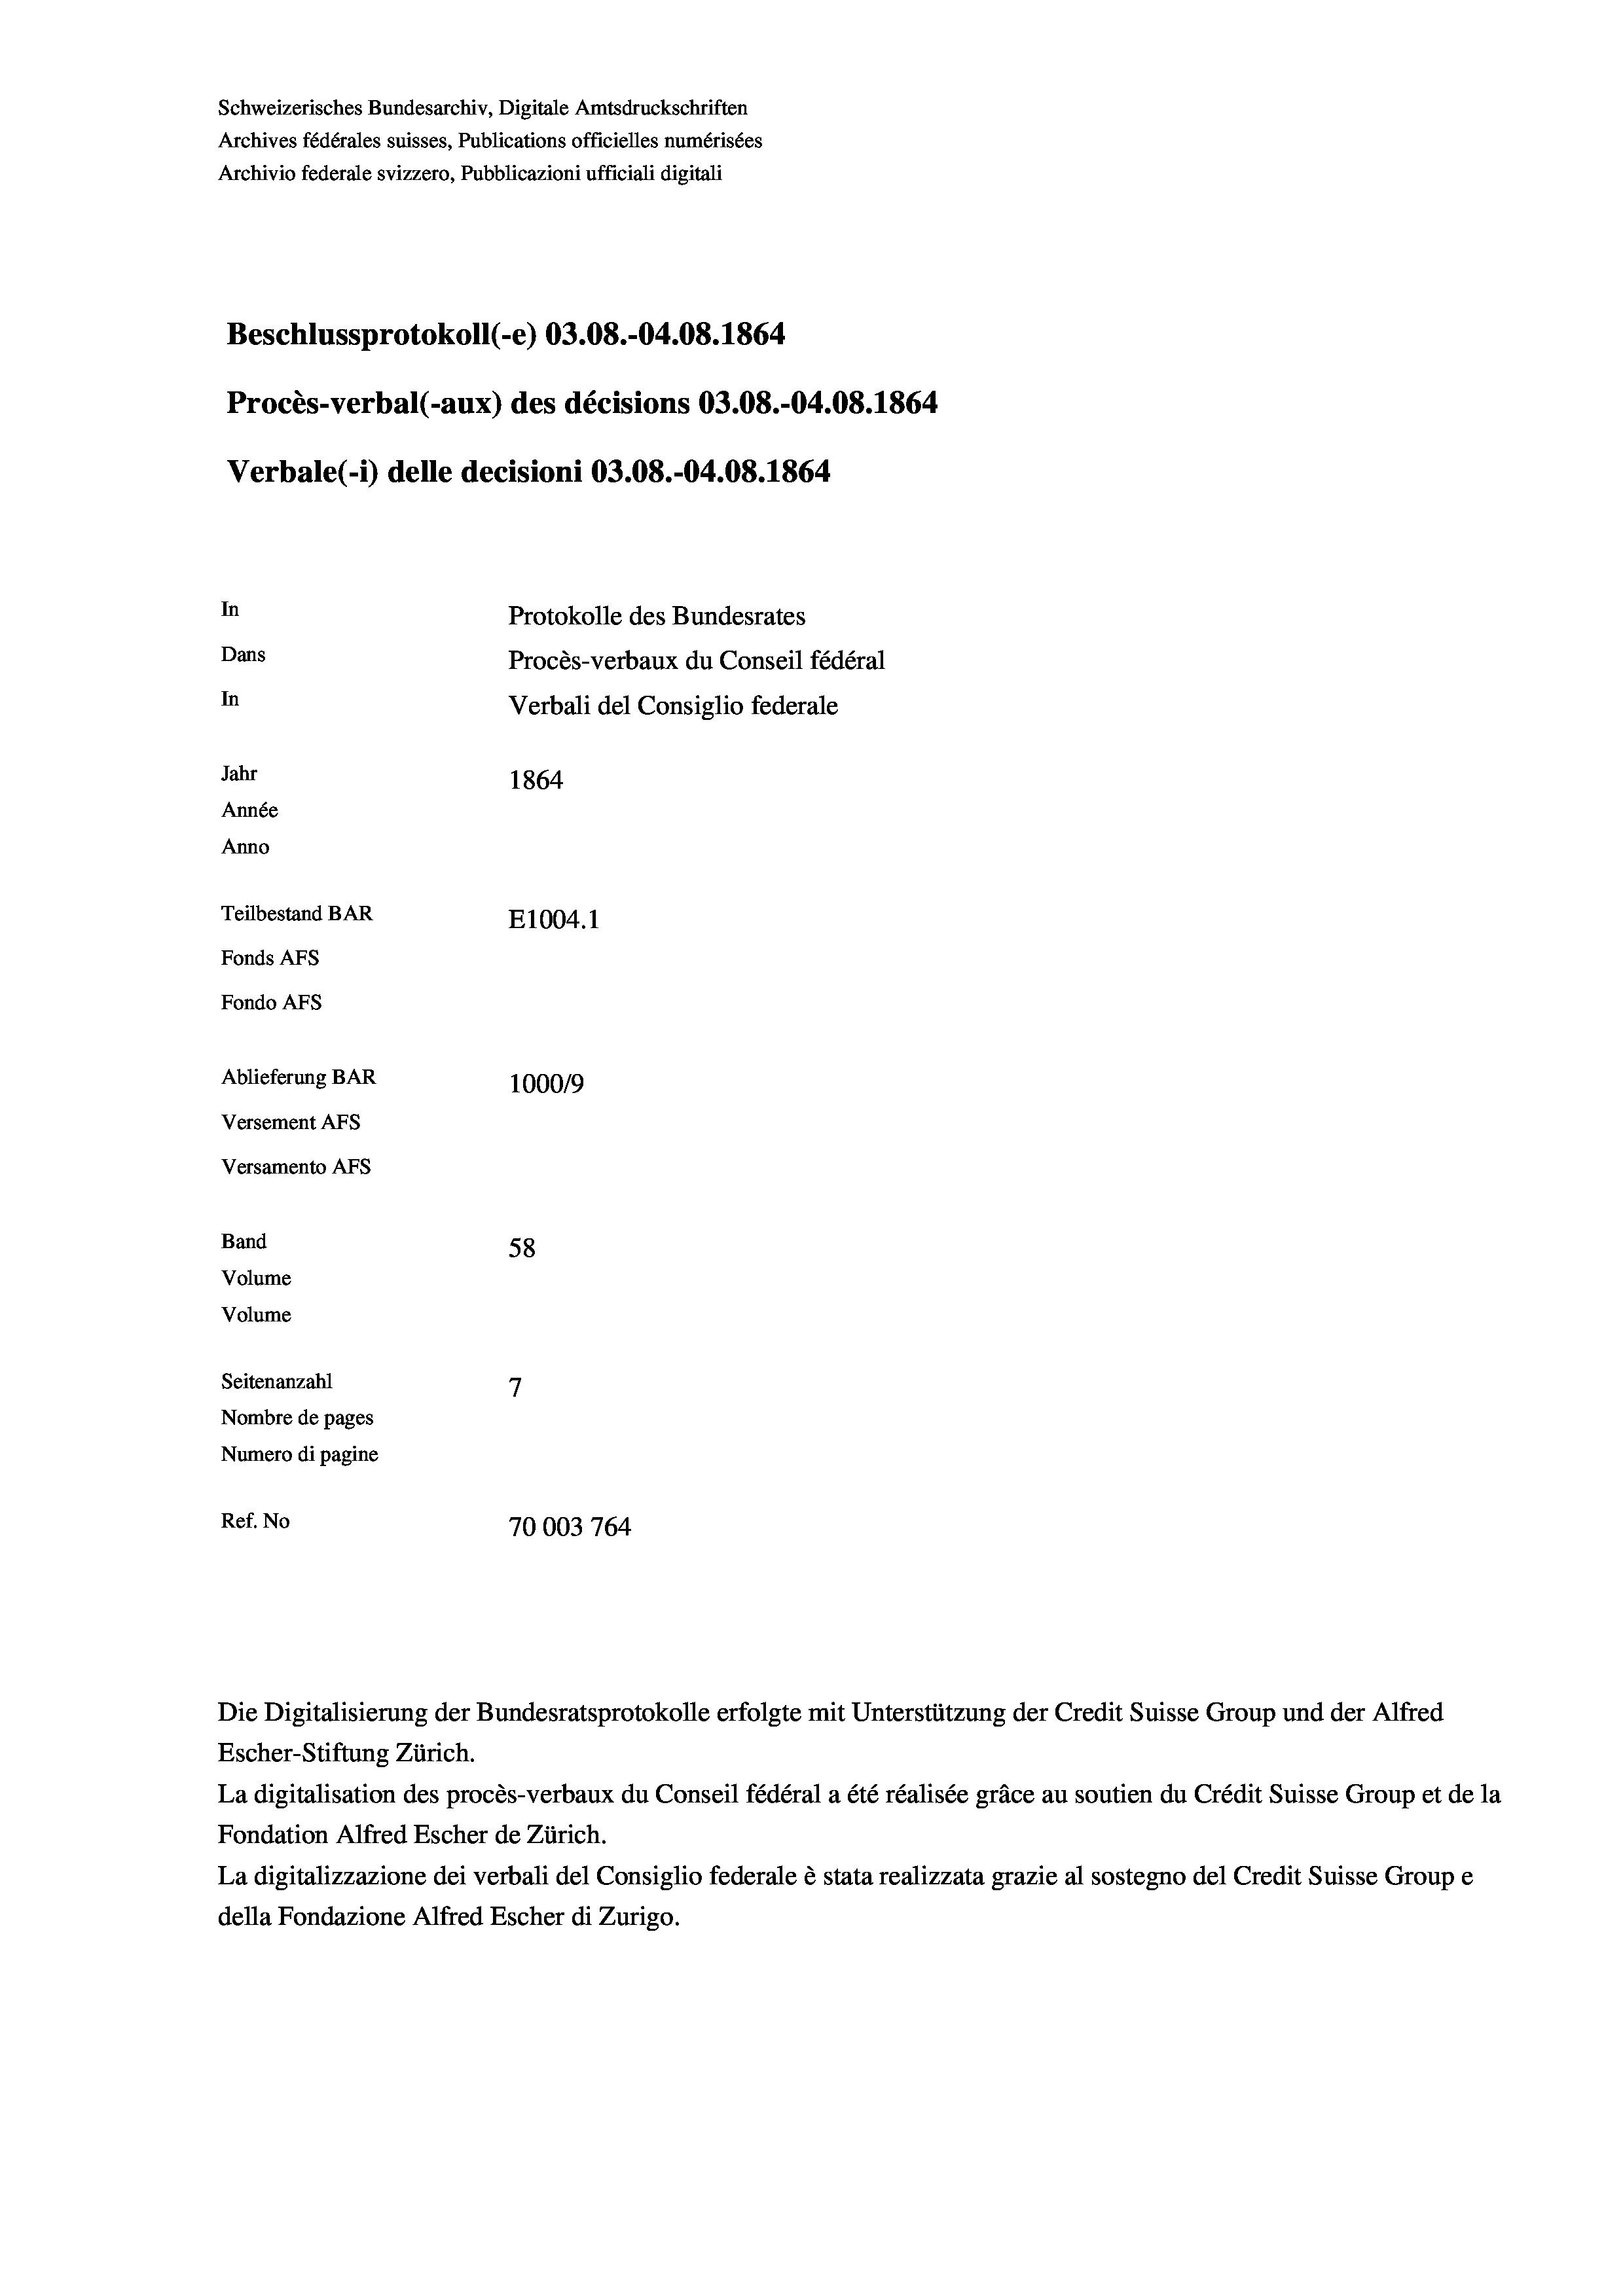
Schweizerisches Bundesarchiv, Digitale Amtsdruckschriften
Archives fédérales suisses, Publications officielles numérisées
Archivio federale svizzero, Pubblicazioni ufficiali digitali
Beschlussprotokoll (-e) 03.08.-04.08. 1864
Procès-verbal (-aux) des décisions 03.08.-04.08. 1864
Verbale (1) delle decisioni 03.08.-04.08. 1864
In
Protokolle des Bundesrates
Dans
Procès-verbaux du Conseil fédéral
In
Verbali del Consiglio federale
Jahr
1864
Année
Anno
Teilbestand BAR
E1004.1
Fonds AFs
Fondo AFS
Ablieferung BAR
100019
Versement AFs
Versamento Afs

58
7
Seitenanzahl
Nombre de pages
Numero di pagine
Ref. No
70003 764

Band
Volume
Volume

Escher-Stiftung Zürich.
La digitalisation des procès-verbaux du Conseil fédéral a été réalisée gräce au soutien du Crédit Suisse Group et de la
Fondation Alfred Escher de Zürich.
La digitalizzazione dei verbali del Consiglio federale è stata realizzata grazie al sostegno del Credit Suisse Groupe
della Fondazione Alfred Escher di Zurigo.

Die Digitalisierung der Bundesratsprotokolle erfolgte mit Unterstützung der Credit Suisse Group und der Alfred